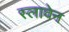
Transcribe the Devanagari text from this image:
स्लावेन